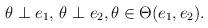
LaTeX: \begin{align*} & \theta \perp e_1, \, \theta \perp e_2, \theta\in \Theta(e_1,e_2). \end{align*}